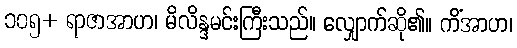
၁၀၅+ ရာဇာအာဟ၊ မိလိန္ဒမင်းကြီးသည်။ လျှောက်ဆို၏။ ကိံအာဟ၊